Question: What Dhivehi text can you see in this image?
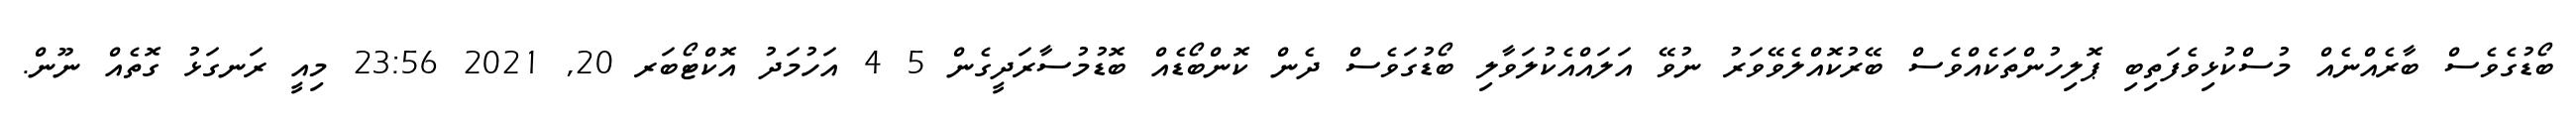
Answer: ބޯޑުގެވެސް ބާރެއްނެއް މުސްކުޅިވެފަތިބި ޕޮލިހުންތަކެއްވެސް ބޭރުކޮއްލެވޭވަރު ނުވޭ އަލައްއެކުލަވާލި ބޯޑުގަވެސް ދެން ކޮންބޯޑެއް ބޮޑުމުސާރަދީގެން 5 4 އަހުމަދު އޮކްޓޯބަރ 20, 2021 23:56 މިއީ ރަނގަޅު ގޮތެއް ނޫން.